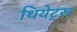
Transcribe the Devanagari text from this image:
थियेट्स्र